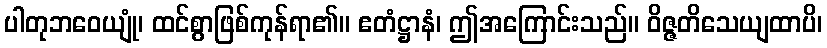
ပါတုဘဝေယျုံ၊ ထင်စွာဖြစ်ကုန်ရာ၏။ ဧတံဋ္ဌာနံ၊ ဤအကြောင်းသည်။ ဝိဇ္ဇတိသေယျထာပိ၊